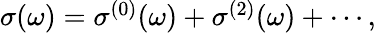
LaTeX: \begin{array}{r}{\sigma(\omega)=\sigma^{(0)}(\omega)+\sigma^{(2)}(\omega)+\cdots,}\end{array}